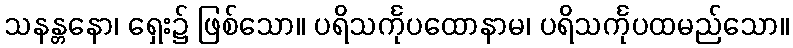
သနန္တနော၊ ရှေး၌ ဖြစ်သော။ ပရိသင်္ကုပထောနာမ၊ ပရိသင်္ကုပထမည်သော။